Bréfritari: Sigríður Pálsdóttir
Viðtakandi: Páll Pálsson
Dagsetning: A-1845-02-14
Skrifað á: Síðumúla  Mýr.
Páll var bróðir Sigríðar

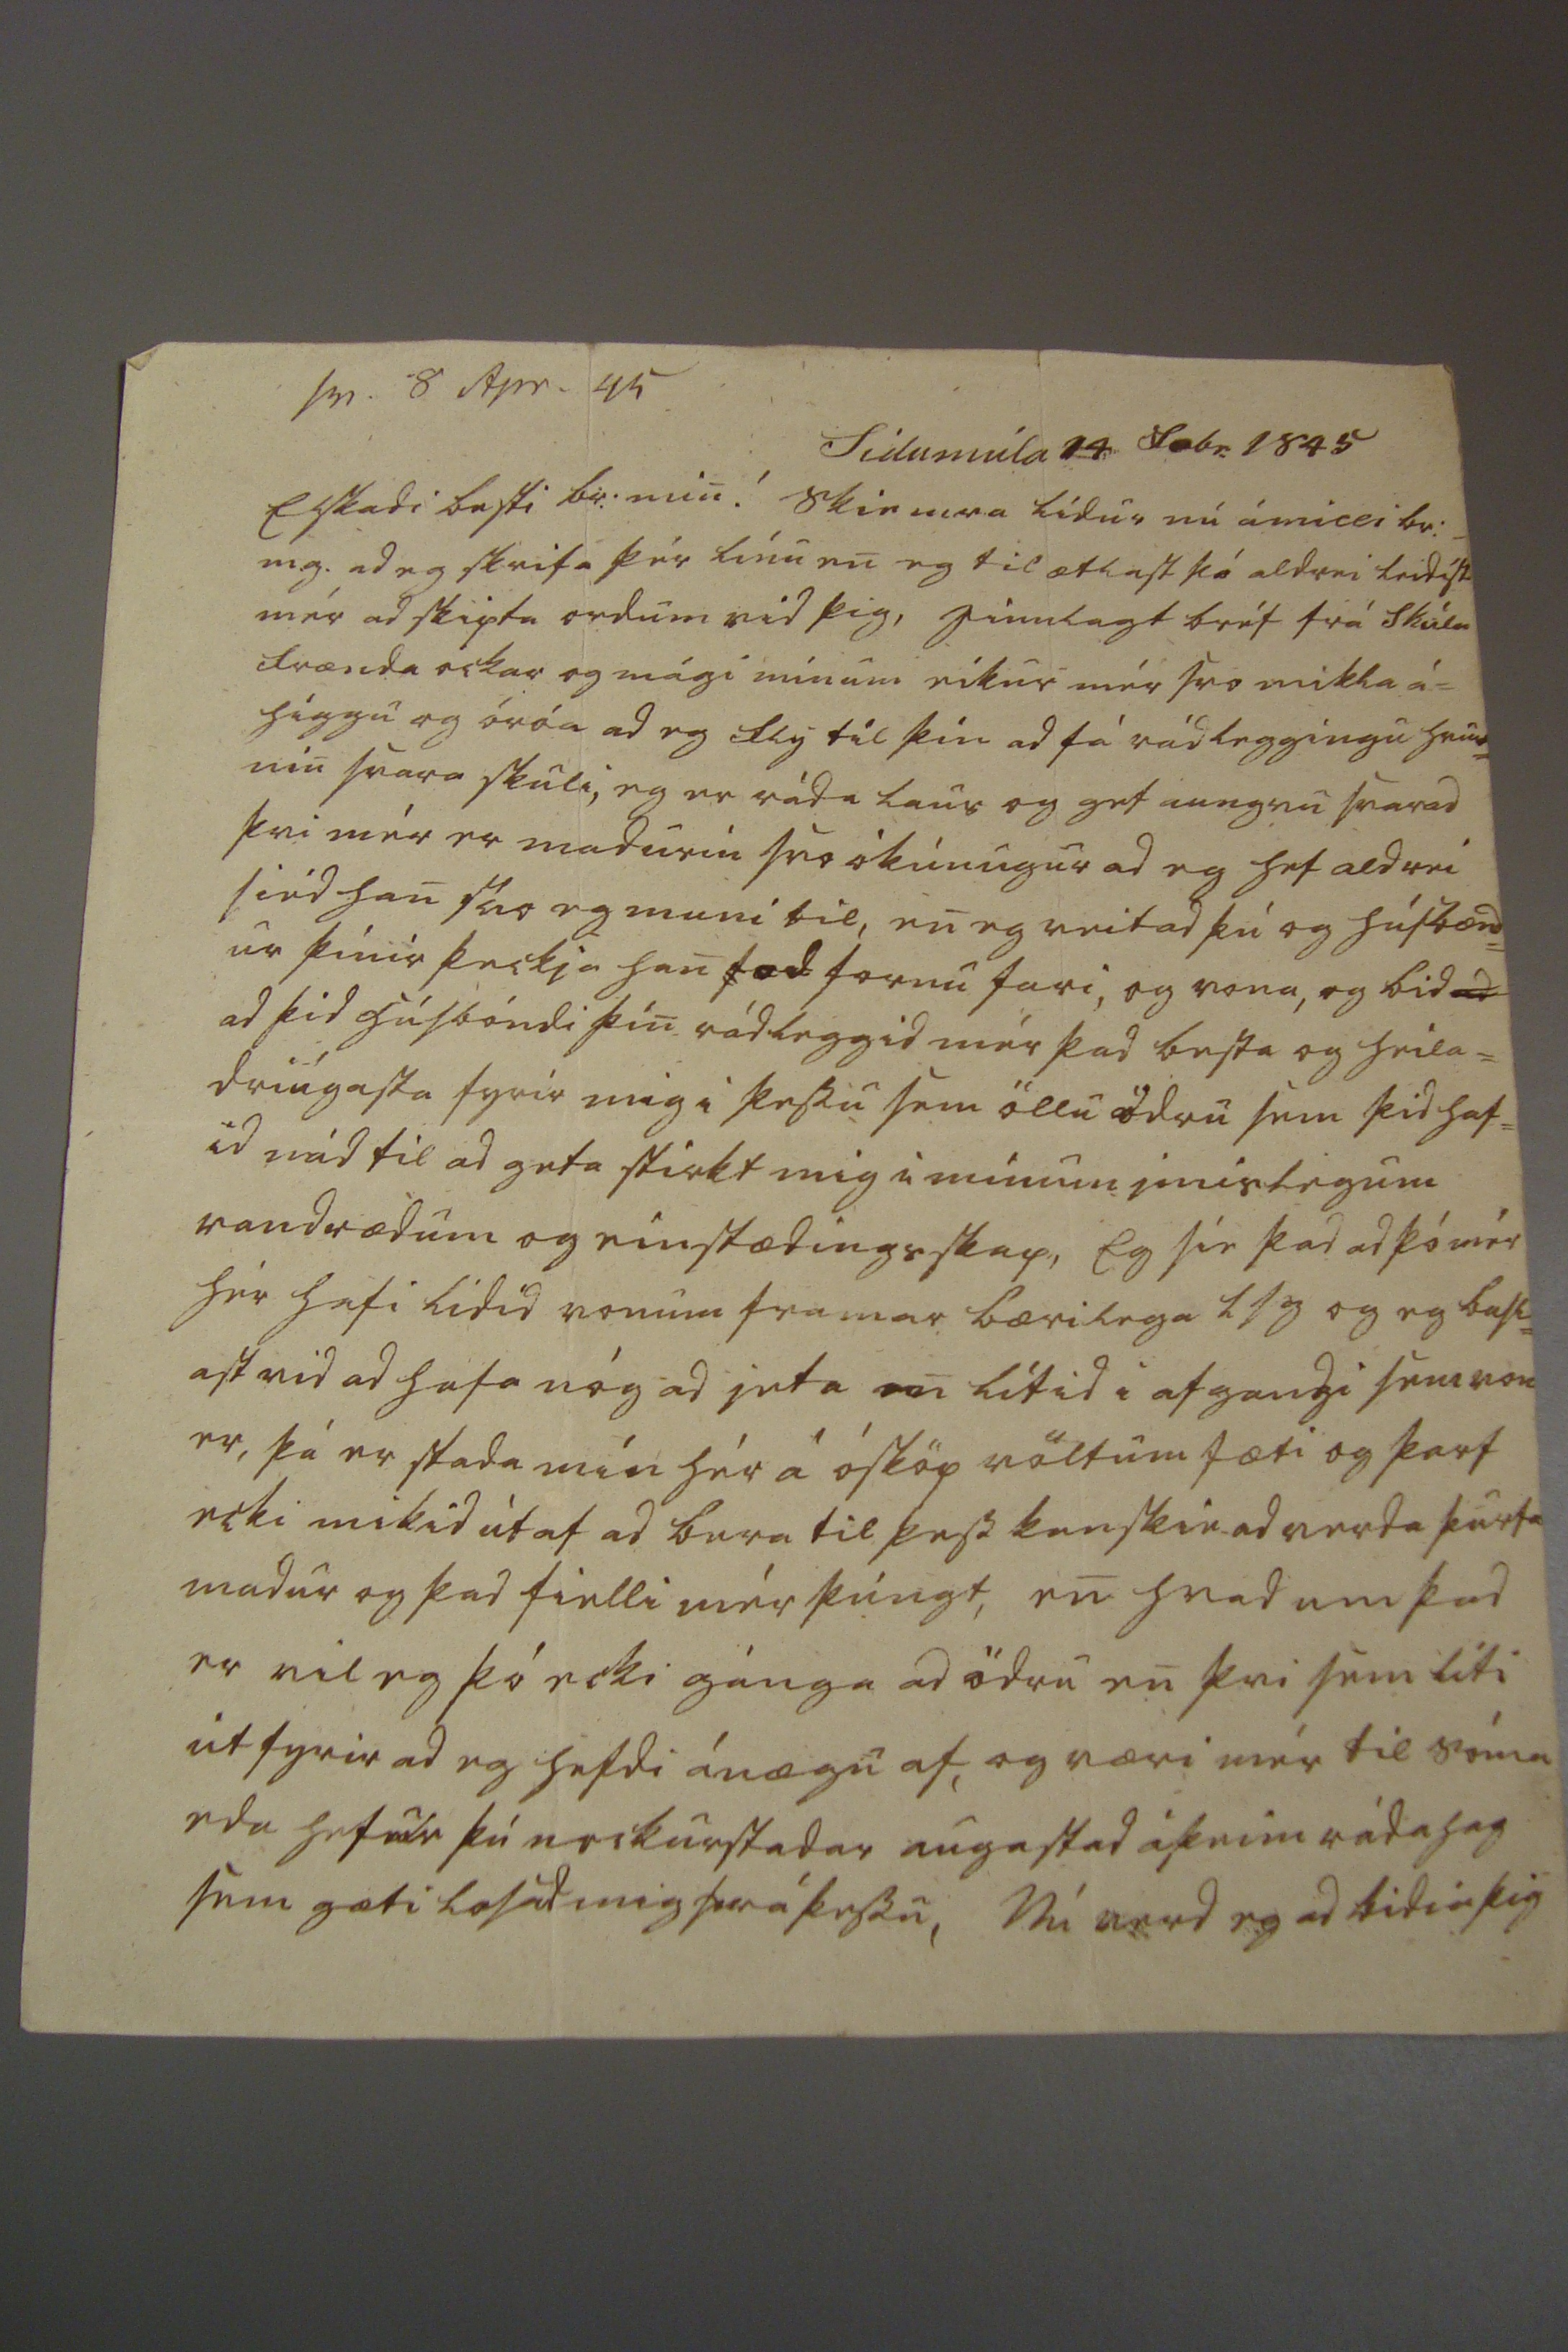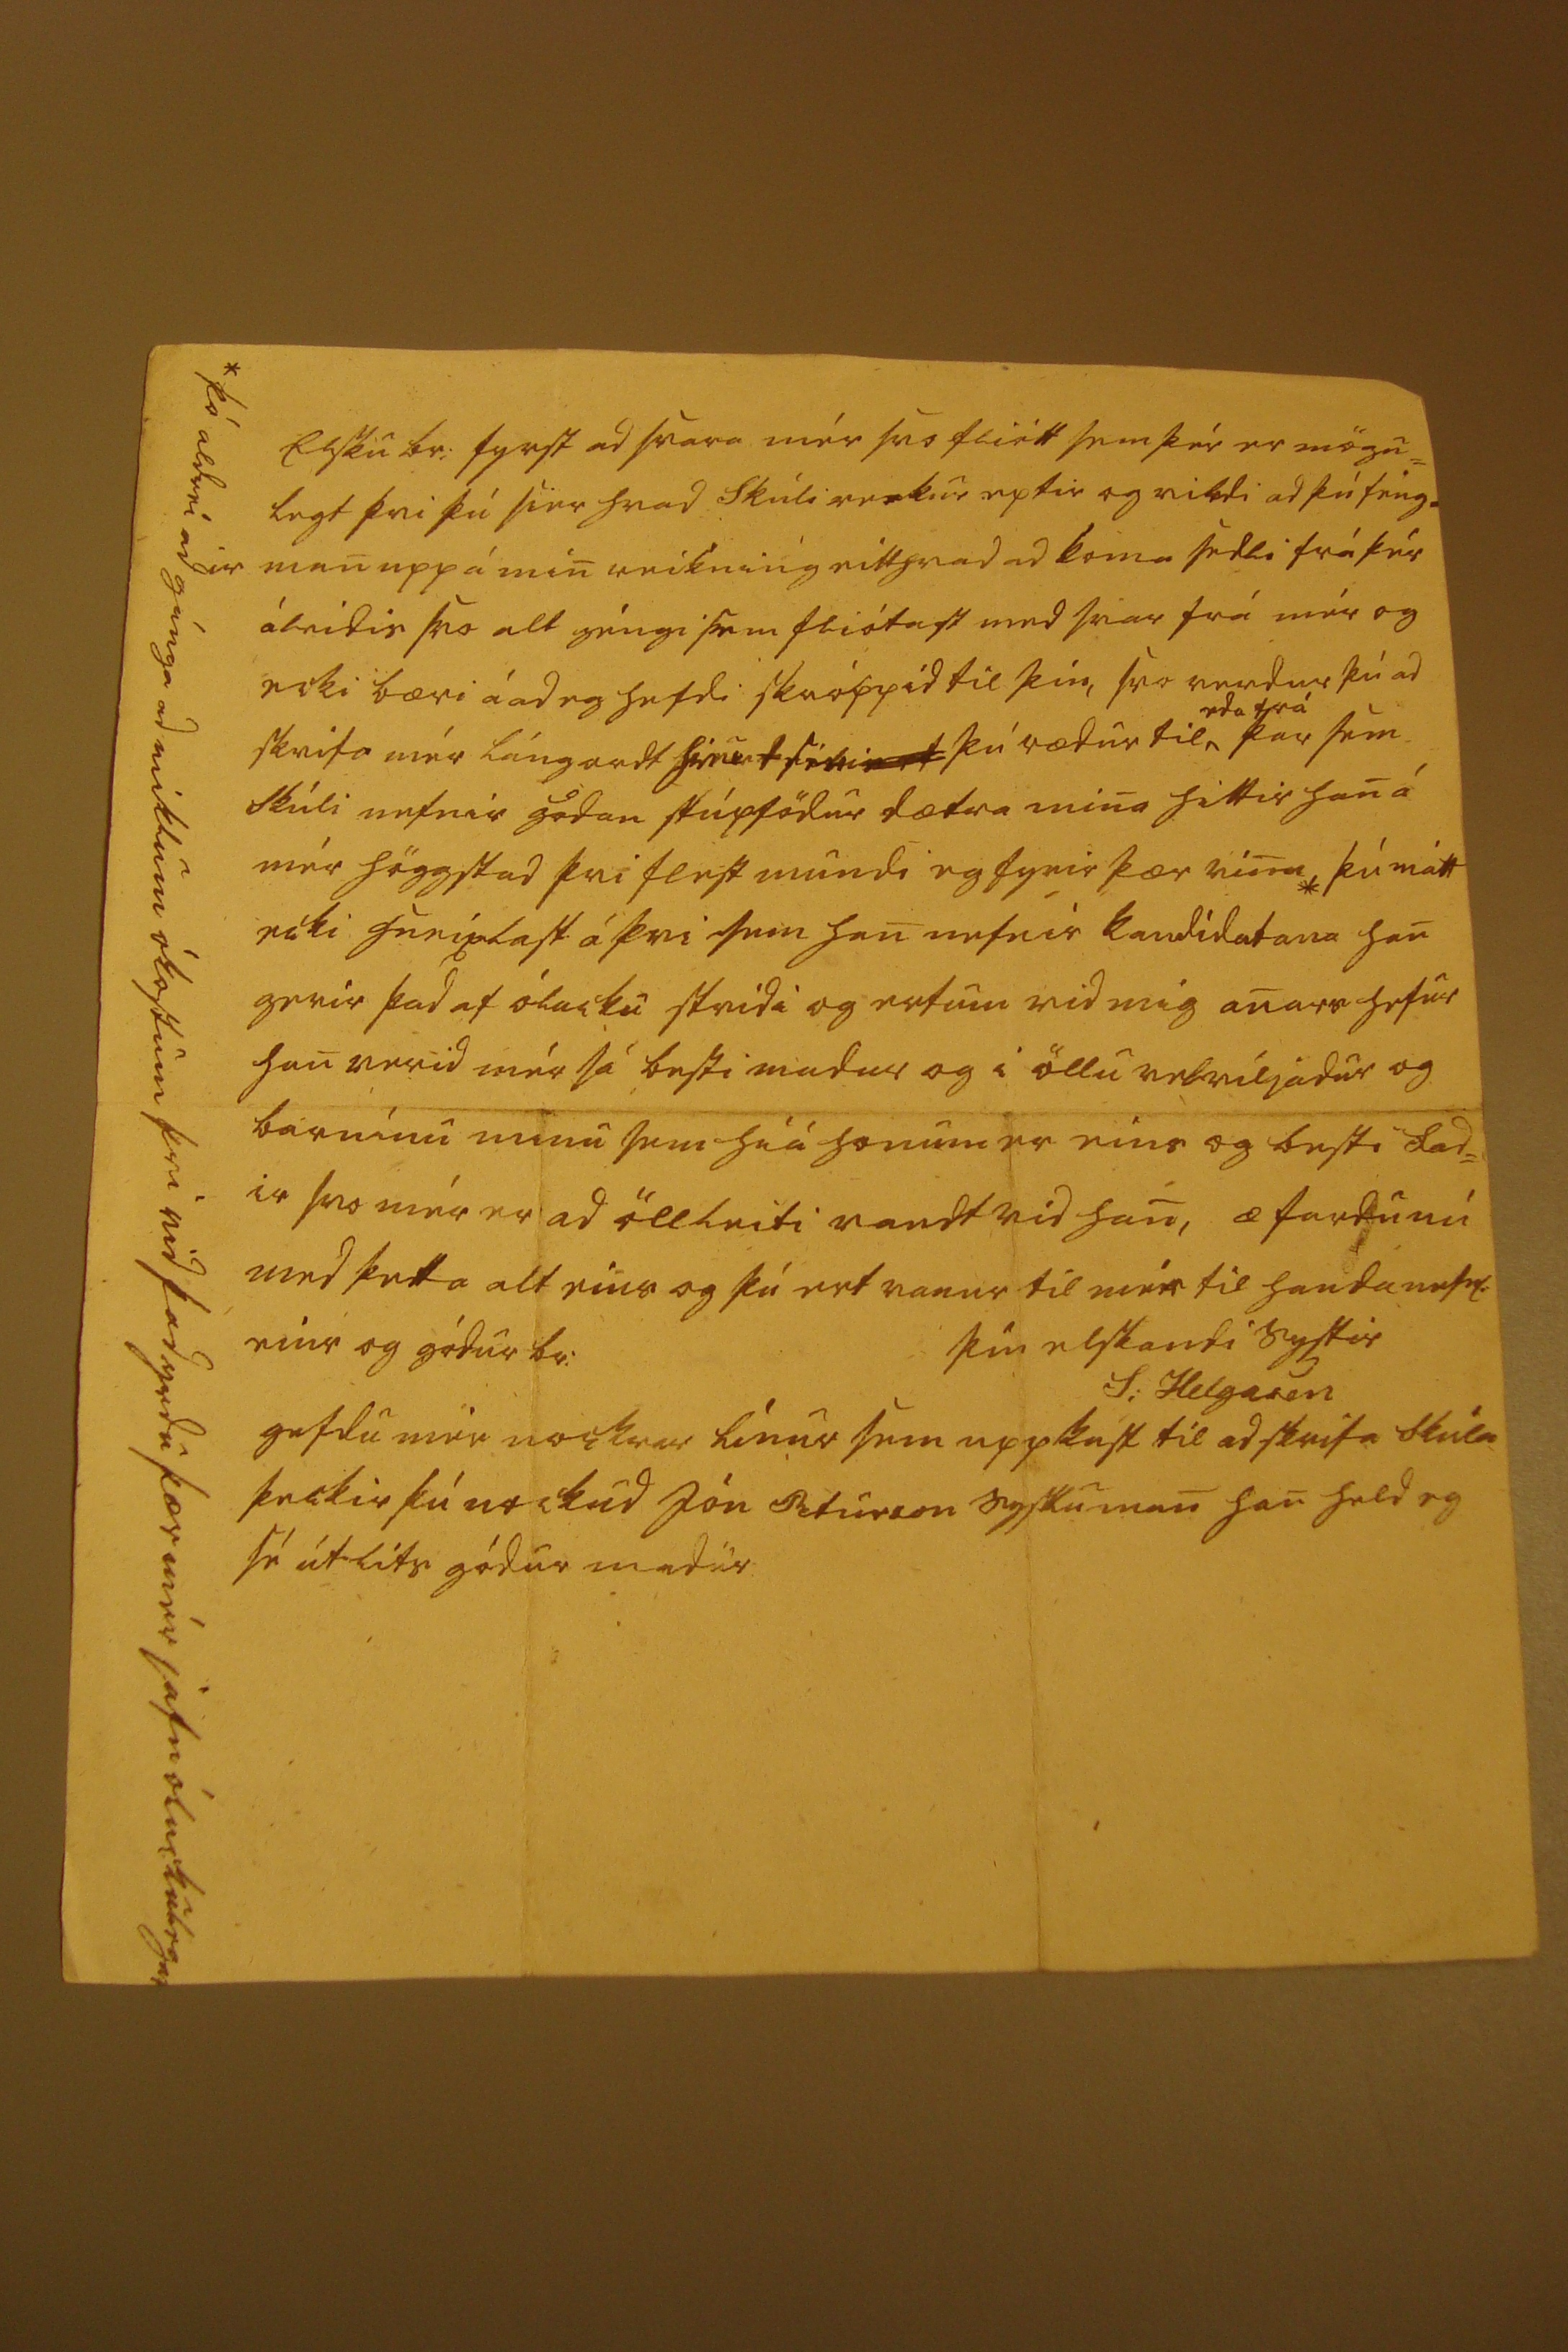

sv. 8 Apr. 45
Sídumúla 14 febr. 1845
Elskadi besti br: min! Skiemra lídur nú ámilli br:_ m.g. ad eg skrifa þér línu en eg til ætlast þó aldrei leidist mér ad skipta ordum vid þig,
000
lagt bréf frá Skúla frænda ockar og mági mínum eikur mér svo mikla á= higgu og óróa ad eg flý til þín ad fá rádleggingu hvur= nin svara skuli, eg er ráda laus og get aungvu svarad þvi mér er madurin svo ókúnugur ad eg hef aldrei siéd han svo eg muni til, en eg veit ad þú og húsbænd= ur þínir þeckja han
f
ad fornu fari, og vona, og bid
ad
ad þid húsbóndi þin rádleggid mér þad besta og heila= driúgasta fyrir mig i þessu sem öllu ödru sem þid haf= id nád til ad geta stirkt mig i minum imislegum vandrædum og einstædingsskap, Eg sie þad ad þó mér hér hafi lidid vonum framar bærilega lsg og eg basl= ast vid ad hafa nóg ad jeta en lítid i afgangi sem von er, þá er stada mín hér á ósköp völtum fæti og þarf ecki mikid út af ad bera til þess kanskie ad verda þurfa madur og þad fielli mér þúngt, en hvad um þad er vil eg þó ecki gánga ad ödru en þvi sem líti út fyrir ad eg hefdi ánægu af, og væri mér til sóma eda hefur þú nockurstadar augastad á þeim rádahag sem gæti losad mig frá þessu, Nú verd eg ad bidia þig
Elsku br: fyrst ad svara mér svo fliótt sem þér er mögu= legt þvi þú sier hvad Skúli
verdur
eptir og vildi ad þú féng= ir man upp á min reikning eitthvad ad koma sedli frá þér áleidis svo alt géngi sem fliótast med svar frá mér og ecki bæri á ad eg hefdi skróppid til þín, svo verdur þú ad skrifa mér lángordt
hvurt sér0
þú rædur til
eda frá
þar sem Skúli nefnir gódan stúpfödur dætra mina hittir han á mér höggstad þvi flest mundi eg fyrir þær vina* þú mátt ecki hneixlast á þvi sem han nefnir kandídatana han gerir þad af ólucku stridi og erfum vid mig anars hefur han verid mér sá besti madur og i öllu velviljadur og barninu minu sem hiá honum er eins og besti fad= ir svo mér er ad öllleiti vandt vid han, æ fardu nú med þetta alt eins og þú ert vanur til mér til handa nefnl. eins og gódur br:
þin elskandi systir
S: Helgason
gefdu mér nockrar línur sem uppkast til ad skrifa Skúla þeckir þú nockud jón Peturson sysluman han held eg sé útlits gódur madur
* þó aldrei ad gánga ad miklum ókostum þvi vid þad yrdu þær mér jafn óluckulegar